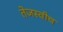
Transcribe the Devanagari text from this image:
तेजस्वीच